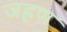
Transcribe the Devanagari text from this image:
जह्लण